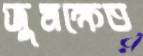
জুমক্ষেত